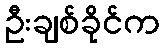
ဦးချစ်ခိုင်က